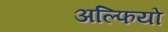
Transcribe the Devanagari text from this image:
अल्फियो